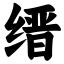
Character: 缙